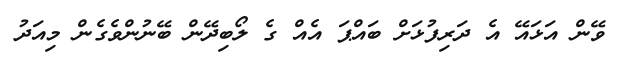
ވޭން އަޅައޭ އެ ދަރިފުޅަށް ބައްޕަ އެއް ގެ ލޯބިދޭން ބޭނުންވެގެން މިއަދު